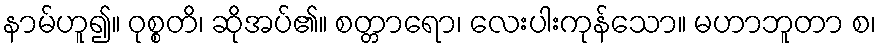
နာမ်ဟူ၍။ ဝုစ္စတိ၊ ဆိုအပ်၏။ စတ္တာရော၊ လေးပါးကုန်သော။ မဟာဘူတာ စ၊